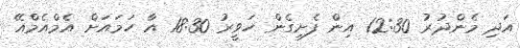
އަދި މެންދުރު 12:30 އިން ފެށިގެން ހަވީރު 18:30 އާ ހަމައަށް އެމްއެމްއޭ